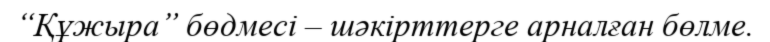
“Құжыра” бөдмесі – шәкірттерге арналған бөлме.